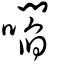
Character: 嚪